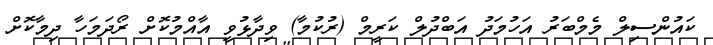
ކައުންސިލް މެމްބަރު އަހުމަދު އަބްދުލް ކަރީމް (ރުކުމާ) ވިދާޅުވީ އާއްމުކޮށް ރޯދަމަހާ ދިމާކޮށް